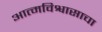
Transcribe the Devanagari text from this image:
आत्मविश्वासाचा